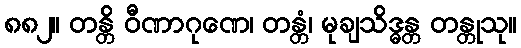
၈၈၂။ တန္တိ ဝီဏာဂုဏေ၊ တန္တံ၊ မုချသိဒ္ဓန္တ တန္တုသု။